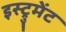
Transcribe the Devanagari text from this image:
इस्ट्रुमेंट